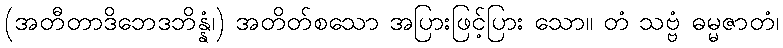
(အတီတာဒိဘေဒဘိန္နံ၊) အတိတ်စသော အပြားဖြင့်ပြား သော။ တံ သဗ္ဗံ ဓမ္မဇာတံ၊